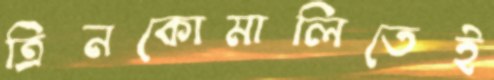
ত্রিনকোমালিতেই